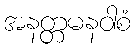
အနတ္တမနဝါစံ